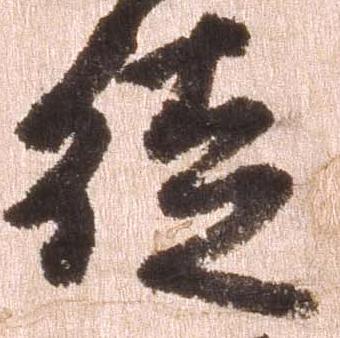
徒